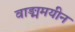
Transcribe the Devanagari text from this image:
वाङ्ममयीन